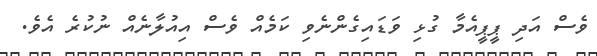
ވެސް އަދި ޕީޕީއެމާ ގުޅި ވަޑައިގެންނެވި ކަމެއް ވެސް އިއުލާނެއް ނުކުރެ އެވެ.